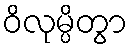
ဝိလုမ္ပိတွာ